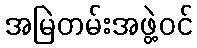
အမြဲတမ်းအဖွဲ့ဝင်